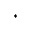
^ { \ast }